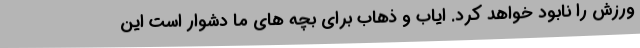
ورزش را نابود خواهد کرد. ایاب و ذهاب برای بچه های ما دشوار است این